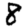
Digit: 8